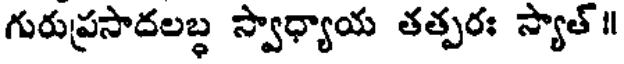
గురుప్రసాదలబ్ధ స్వాధ్యాయ తత్పరః స్యాత్ ॥